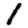
Digit: 1